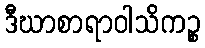
ဒီဃာစာရာဝါသိကဉ္စ